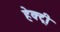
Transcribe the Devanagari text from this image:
हेक्ट्री